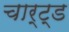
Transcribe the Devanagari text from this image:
चार्ट्ड